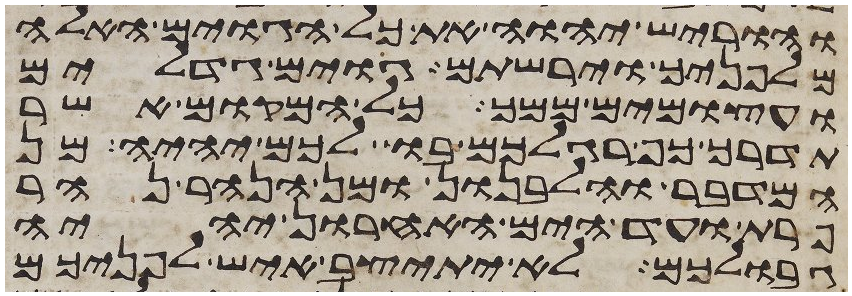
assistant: והוריש יהוה את כל הגוים האלה
מלפניך וירשתם גוים גדלים
ועצמים ממך כל המקום אשר
תדרך כף רגלכם בו לכם יהיה מן
המדבר והלבנון ומן הנהר נהר
פרת ועד הים האחרון יהיה
גבולכם לא יתיצב איש לפניכם